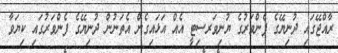
ރާއްޖޭގައި ދުނިޔޭގެ ފެންވަރުގެ ޔުނިވަރސިޓީ އެއް އަޅައިގެން އެތަނުން ދުނިޔޭގެ ފެންވަރުގައި ކިޔަވާ